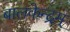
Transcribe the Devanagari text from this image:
बालकेन्द्रम्